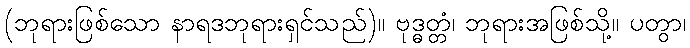
(ဘုရားဖြစ်သော နာရဒဘုရားရှင်သည်)။ ဗုဒ္ဓတ္တံ၊ ဘုရားအဖြစ်သို့။ ပတွာ၊